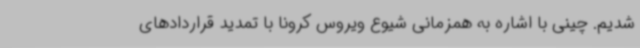
شدیم. چینی با اشاره به همزمانی شیوع ویروس کرونا با تمدید قراردادهای